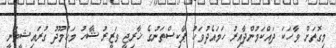
މިގޮތަށް ވާހަކަ ދައްކަމުންދާއިރު ހަމައެދުވަހު ޕާކިސްތަނުގެ ޚާރިޖީ ވަޒީރު ޝާހު މަހްމޫދު ގުރައިޝީވަނީ